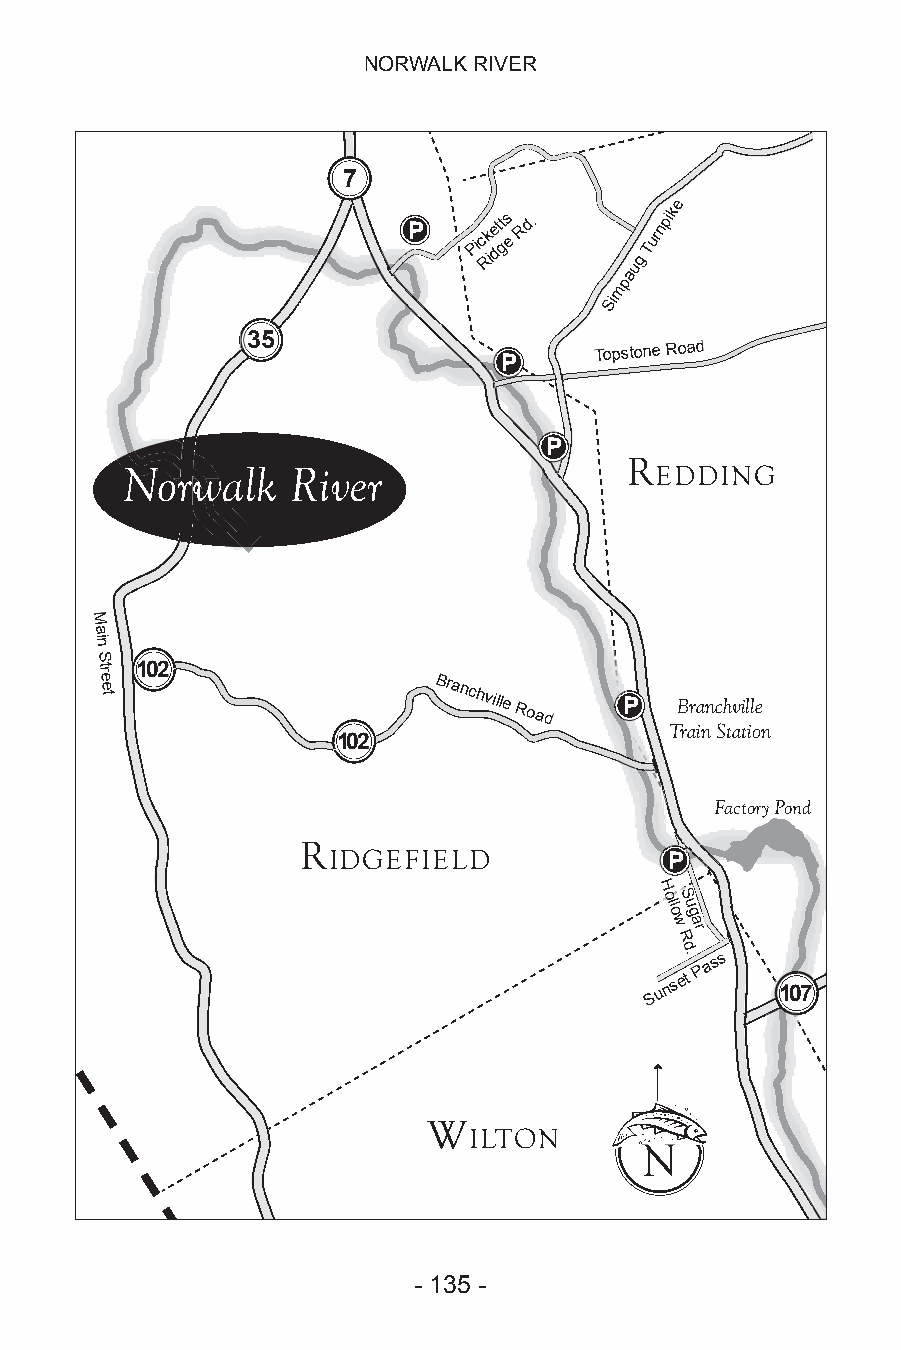
NORWALK RIVER
 7
 e
 P   Pic Rk ie dtt gs e Rd.
 ug
 Turnpik
 a
 p
 m
 Si
 3333333355555555
 Topstone Road
 P
 P
 R
 Norwalk    River                   EEDDDDIINNGG
 M
 a
 in
 S
 tre
 e
 t
 110022
 Branchville
 Road
 P   �����������
 �������������
 110022
 Factory Pond
 R
 IDGEFIELD             P
 HHHH
 oooollllllllooooSSS
 uuu
 ggg
 wwwwaaa
 RRRRrrr
 dddd
 S u n
 s....
 e t
 P a
 ss
 110077
 W
 ILTON
 NN
 - 134 -                    - 135 -